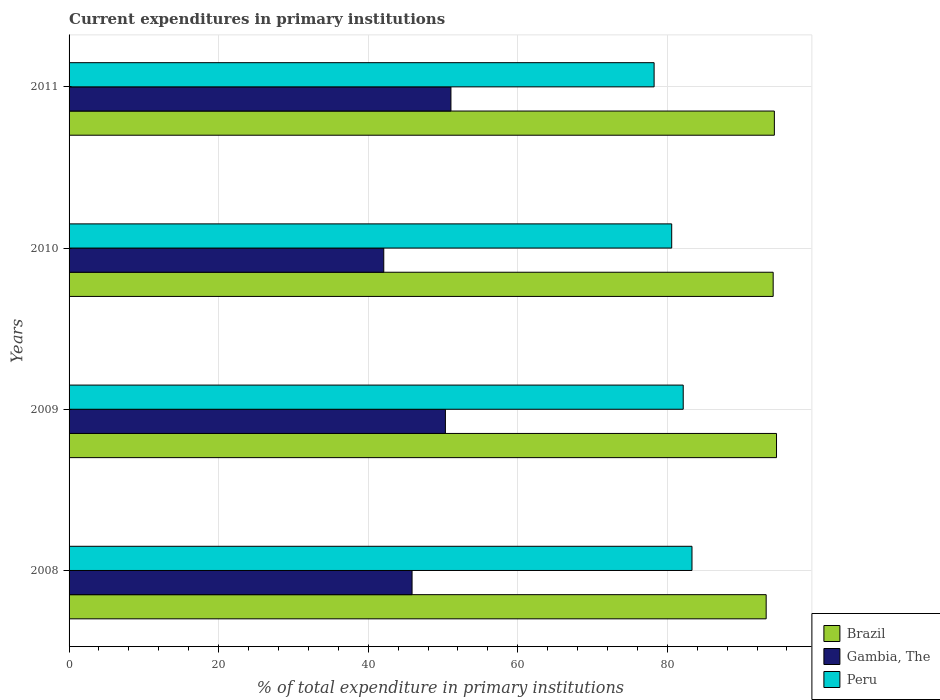
| Years | Brazil | Gambia, The | Peru |
 | --- | --- | --- | --- |
 | 2008 | 93.2 | 45.9 | 83.3 |
 | 2009 | 94.6 | 50.3 | 82.1 |
 | 2010 | 94.2 | 42.1 | 80.6 |
 | 2011 | 94.3 | 51.1 | 78.2 |